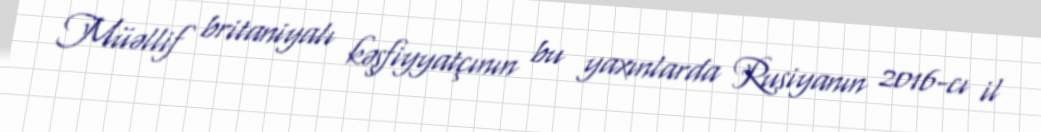
Müəllif britaniyalı kəşfiyyatçının bu yaxınlarda Rusiyanın 2016-cı il